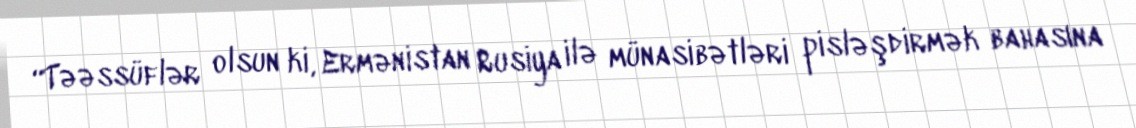
“Təəssüflər olsun ki, Ermənistan Rusiya ilə münasibətləri pisləşdirmək bahasına